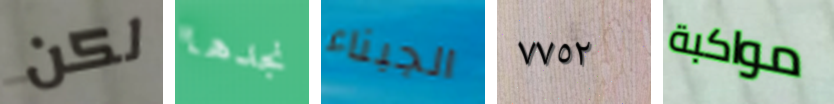
لكن نجدها الجبناء ٧٧٥٢ مواكبة